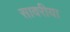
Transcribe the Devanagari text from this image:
सावरीया